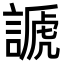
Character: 謕